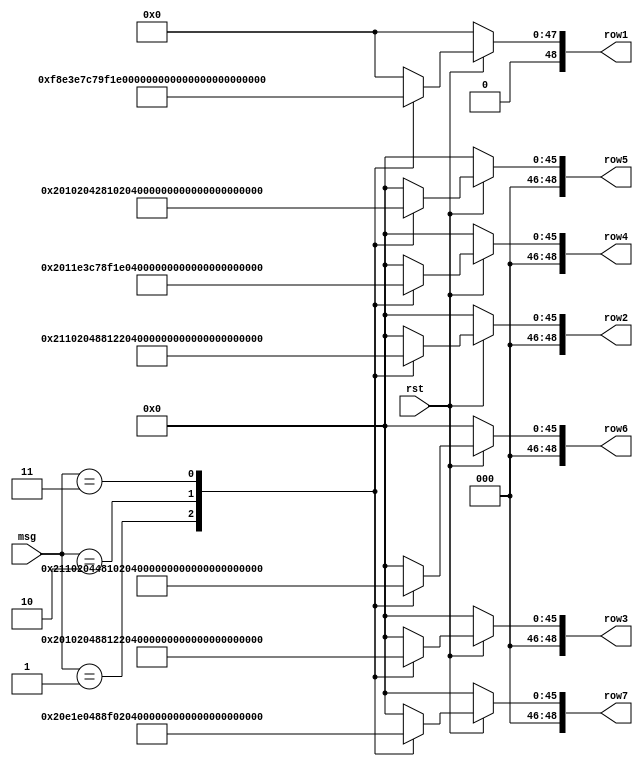
`timescale 1ns / 1ps

module char_set(
    input                  rst,
    input      [2:0]       msg,

    output reg [48:0]   row1,
    output reg [48:0]   row2,
    output reg [48:0]   row3,
    output reg [48:0]   row4,
    output reg [48:0]   row5,
    output reg [48:0]   row6,
    output reg [48:0]   row7
    );

    always @(*) begin
        if(!rst) begin
            row1 = 49'd0;
            row2 = 49'd0;
            row3 = 49'd0;
            row4 = 49'd0;
            row5 = 49'd0;
            row6 = 49'd0;
            row7 = 49'd0;
        end
        else begin
            case (msg)
                3'd1: 
                begin       //PERFECT
                    row1 = 49'b0111110_0011100_0111110_0111110_0011110_0111110_0011110_;
                    row2 = 49'b0001000_0100010_0000010_0000010_0100010_0000010_0100010_;
                    row3 = 49'b0001000_0000010_0000010_0000010_0100010_0000010_0100010_;
                    row4 = 49'b0001000_0000010_0011110_0011110_0011110_0011110_0011110_;
                    row5 = 49'b0001000_0000010_0000010_0000010_0001010_0000010_0000010_;
                    row6 = 49'b0001000_0100010_0000010_0000010_0010010_0000010_0000010_;
                    row7 = 49'b0001000_0011100_0011110_0000010_0100010_0011110_0000010_;
                end
                3'd2:
                begin       //GOOD
                    row1 = 49'b0000000_0011110_0011100_0011100_0011100_0000000_0000000;
                    row2 = 49'b0000000_0100010_0100010_0100010_0000010_0000000_0000000;
                    row3 = 49'b0000000_0100010_0100010_0100010_0000010_0000000_0000000;
                    row4 = 49'b0000000_0100010_0100010_0100010_0111010_0000000_0000000;
                    row5 = 49'b0000000_0100010_0100010_0100010_0100010_0000000_0000000;
                    row6 = 49'b0000000_0100010_0100010_0100010_0100010_0000000_0000000;
                    row7 = 49'b0000000_0011110_0011100_0011100_0011100_0000000_0000000;
                end
                3'd3:
                begin       //OK
                    row1 = 49'b0000000_0000000_0100010_0011100_0000000_0000000_0000000;
                    row2 = 49'b0000000_0000000_0010010_0100010_0000000_0000000_0000000;
                    row3 = 49'b0000000_0000000_0001010_0100010_0000000_0000000_0000000;
                    row4 = 49'b0000000_0000000_0000110_0100010_0000000_0000000_0000000;
                    row5 = 49'b0000000_0000000_0001010_0100010_0000000_0000000_0000000;
                    row6 = 49'b0000000_0000000_0010010_0100010_0000000_0000000_0000000;
                    row7 = 49'b0000000_0000000_0100010_0011100_0000000_0000000_0000000;
                end
                default:
                begin
                    row1 = 49'd0;
                    row2 = 49'd0;
                    row3 = 49'd0;
                    row4 = 49'd0;
                    row5 = 49'd0;
                    row6 = 49'd0;
                    row7 = 49'd0;
                end
            endcase
        end
    end
endmodule